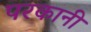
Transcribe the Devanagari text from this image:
परकानी